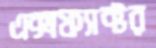
এক্সফ্যাক্টর